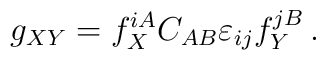
g_{XY} = f_X^{iA} C_{AB} \varepsilon_{ij}f_Y^{jB}\,.